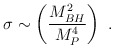
\begin{align*}\sigma \sim \left ({M_{BH}^2 \over M_P^4}\right )~.\end{align*}